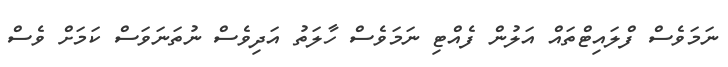
ނަމަވެސް ފްލައިޓްތައް އަލުން ފެއްޓި ނަމަވެސް ހާލަތު އަދިވެސް ނުތަނަވަސް ކަމަށް ވެސް